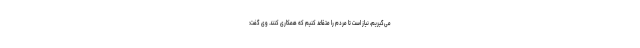
می‌گیریم، نیاز است تا مردم را متقاعد کنیم که همکاری کنند. وی گفت: